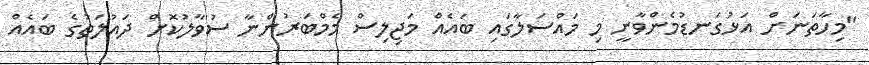
"މިހާތަނަށް އަޅުގަނޑުމެންވާނީ މި މައްސަލާގައި ބައެއް މަޖިލިސް މެމްބަރުންނާ ސުވާލުކޮށް ދައުލަތުގެ ބައެއް